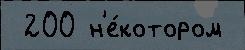
 200 н'е́котором